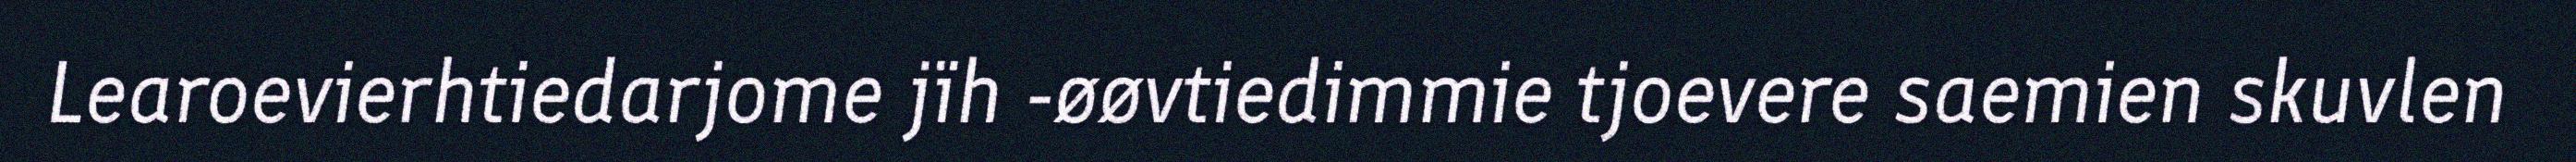
Learoevierhtiedarjome jïh -øøvtiedimmie tjoevere saemien skuvlen